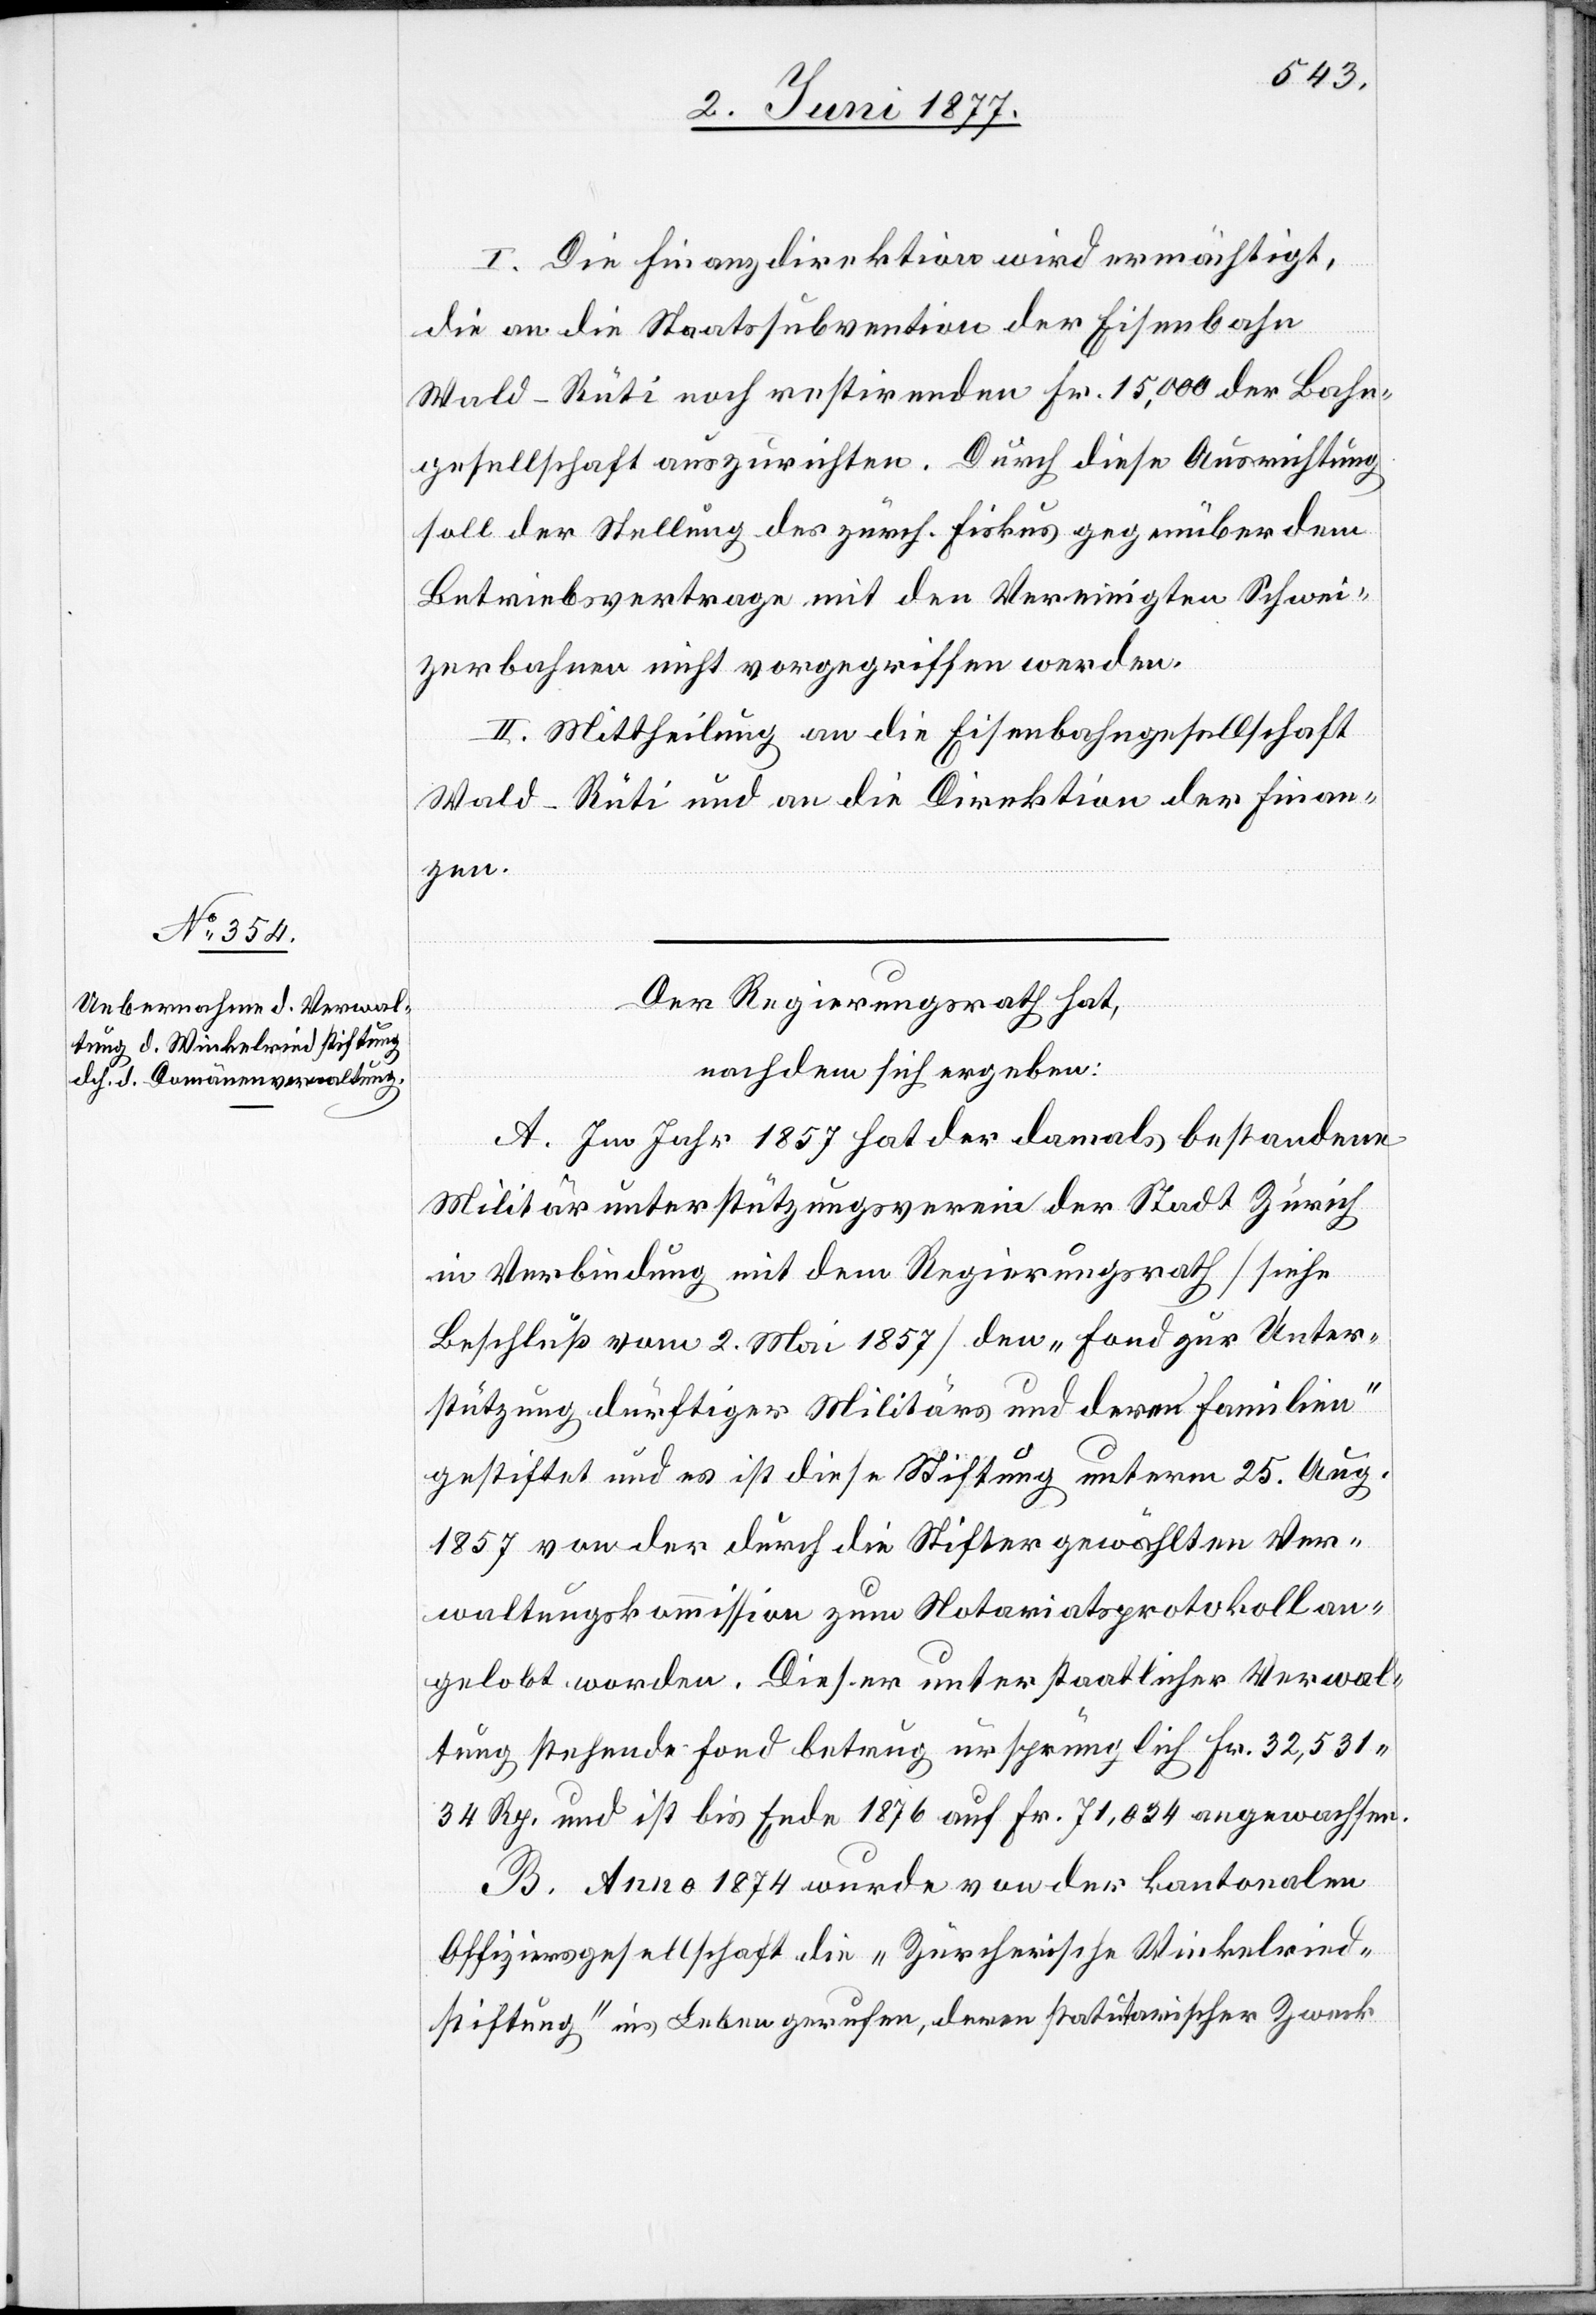
I. Die Finanzdirektion wird ermächtigt,
die an die Staatssubvention der Eisenbahn
Wald–Rüti noch restirenden Fr. 15,000 der Bahn¬
gesellschaft auszurichten. Durch diese Ausrichtung
soll der Stellung des zürch. Fiskus gegenüber dem
Betriebsvertrage mit den Vereinigten Schwei¬
zerbahnen nicht vorgegriffen werden.
II. Mittheilung an die Eisenbahngesellschaft
Wald–Rüti und an die Direktion der Finan¬
zen.
Der Regierungsrath hat,
nachdem sich ergeben:
A. Im Jahr 1857 hat der damals bestandene
Militärunterstützungsverein der Stadt Zürich
in Verbindung mit dem Regierungsrath [siehe
Beschluß vom 2. Mai 1857] den „Fond zur Unter¬
stützung dürftiger Militärs und deren Familien“
gestiftet und es ist diese Stiftung unterm 25. Aug.
1857 von der durch die Stifter gewählten Ver¬
waltungskommission zum Notariatsprotokoll an¬
gelobt worden. Dieser unter staatlicher Verwal¬
tung stehende Fond betrug ursprünglich Fr. 32,531
34 Rp. und ist bis Ende 1876 auf Fr. 71,034 angewachsen.
B. Anno 1874 wurde von der kantonalen
Offiziersgesellschaft die „Zürcherische Winkelried¬
stiftung“ ins Leben gerufen, deren statutarischer Zweck